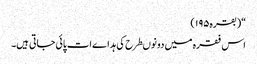
“(بقرہ۱۹۵)
اس فقرہ میں دونوںطرح کی ہداےات پائی جاتی ہیں۔